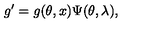
g ^ { \prime } = g ( \theta , x ) \Psi ( \theta , \lambda ) ,